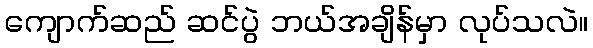
ကျောက်ဆည် ဆင်ပွဲ ဘယ်အချိန်မှာ လုပ်သလဲ။